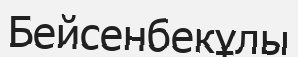
Бейсенбекұлы